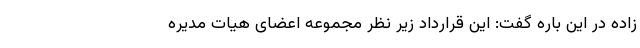
زاده در این باره گفت: این قرارداد زیر نظر مجموعه اعضای هیات مدیره